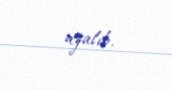
azalıb.